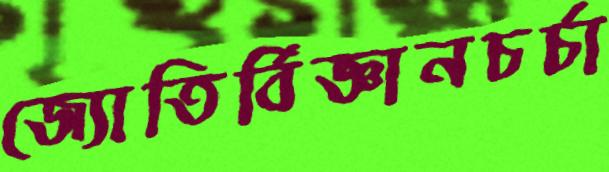
জ্যোতির্বিজ্ঞানচর্চা